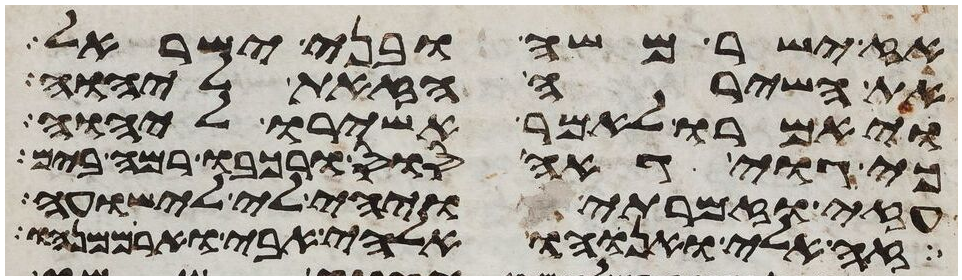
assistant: אז ישר משה ובני ישראל
את השירה הזאת ליהוה
ויאמרו לאמר אשירו ליהוה
כי גוי גאה סוס ורכבו רמה בים
עזי וזמרתי ויהי לי לישועה
זה אלי ואנוהו אלהי אבי וארממנהו